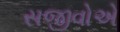
સજીવોએ